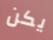
يكن